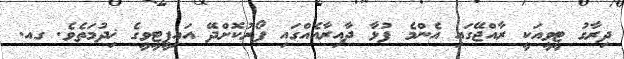
ދިރާގު ޓީވީއަކީ ރާއްޖޭގައި އެންމެ ފުޅާ ދާއިރާއެއްގައި ފޯރުކޮށްދޭ އައިޕީޓީވީގެ ޚިދުމަތެވެ. ގއ.